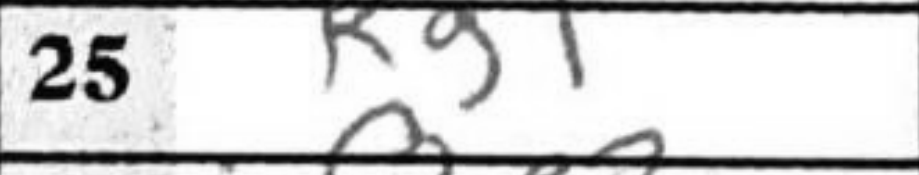
Transcription: Kg1